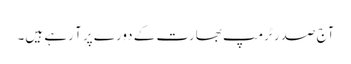
آج صدر ٹرمپ بھارت کے دورے پر آ رہے ہیں۔